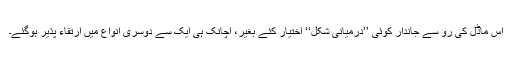
اس ماڈل کی رُو سے جاندار کوئی ’’درمیانی شکل‘‘ اختیار کئے بغیر، اچانک ہی ایک سے دوسری انواع میں ارتقاء پذیر ہوگئے۔